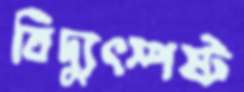
বিদ্যুৎস্পষ্ট